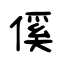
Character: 傒